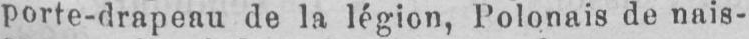
porte-drapeau de la légion, Polonais de nais-